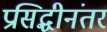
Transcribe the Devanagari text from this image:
प्रसिद्धीनंतर